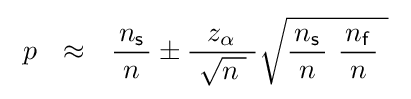
\ p~~\approx ~~{\frac {\!\ n_{\mathsf {s}}\!\ }{n}}\pm {\frac {\;z_{\alpha }\ }{\ {\sqrt {n\;}}\ }}{\sqrt {{\frac {\!\ n_{\mathsf {s}}\!\ }{n}}\ {\frac {\!\ n_{\mathsf {f}}\!\ }{n}}\ }}\